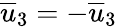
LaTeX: \overline{{u}}_{3}=-\overline{{u}}_{3}